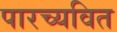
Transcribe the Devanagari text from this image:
पारच्यवित